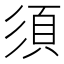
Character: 須